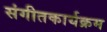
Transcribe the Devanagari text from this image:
संगीतकार्यक्रम